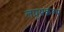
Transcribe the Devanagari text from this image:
लघुप्रकल्प